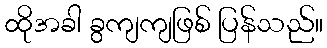
ထိုအခါ ခွကျကျဖြစ် ပြန်သည်။